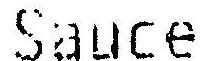
SAUCE